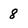
Character: 8